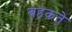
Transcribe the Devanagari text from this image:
बहकते